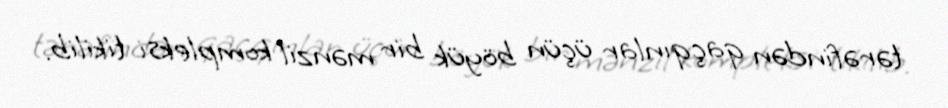
tərəfindən qaçqınlar üçün böyük bir mənzil kompleksi tikilib.